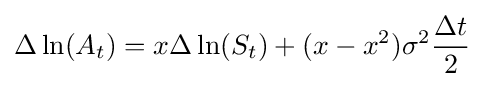
\Delta \ln(A_{t})=x\Delta \ln(S_{t})+(x-x^{2})\sigma ^{2}{\frac {\Delta t}{2}}